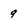
Character: 9